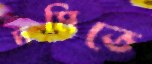
দমিতে